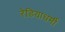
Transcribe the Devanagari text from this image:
रेडियाधर्मी